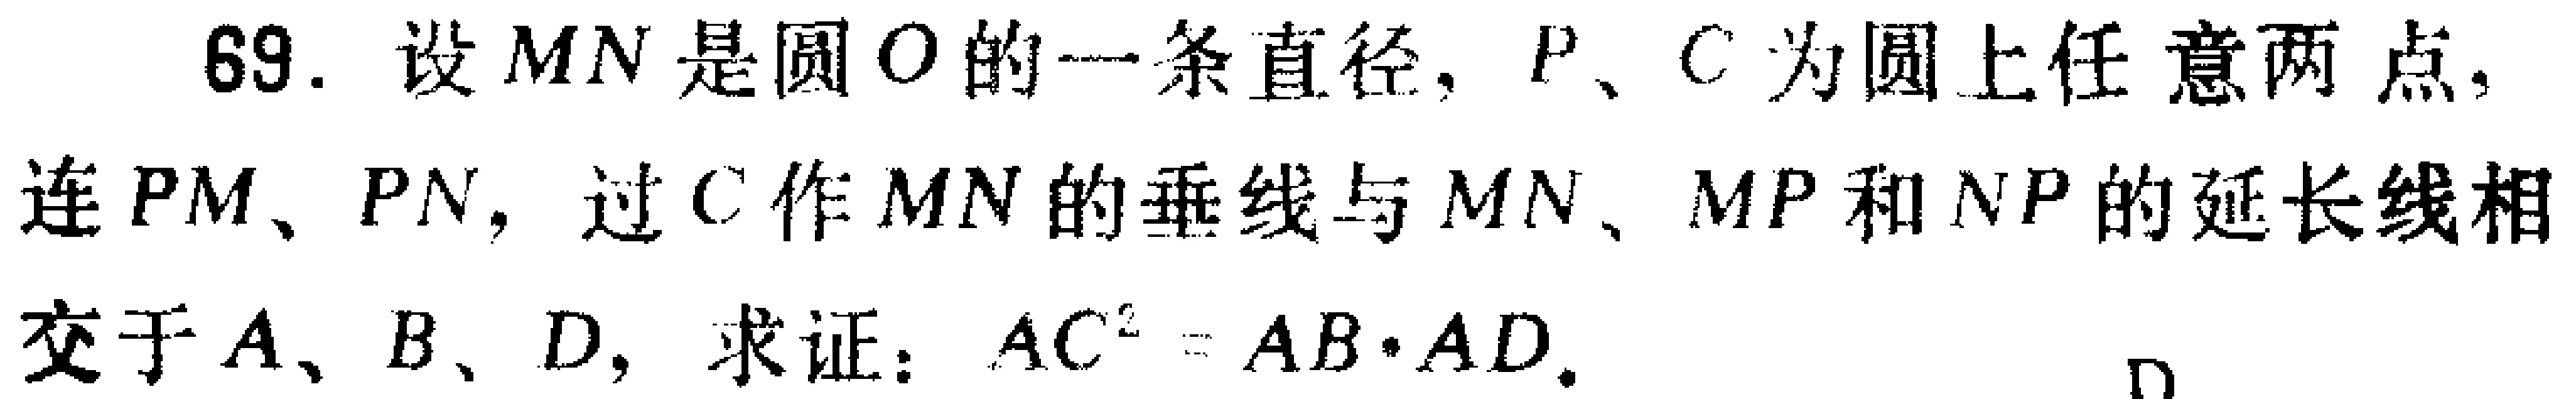
69. 设$MN$是圆$O$的一条直径，$P$、$C$为圆上任意两点，连$PM$、$PN$，过$C$作$MN$的垂线与$MN$、$MP$和$NP$的延长线相交于$A$、$B$、$D$，求证：$AC^{2}=AB\cdot AD$.